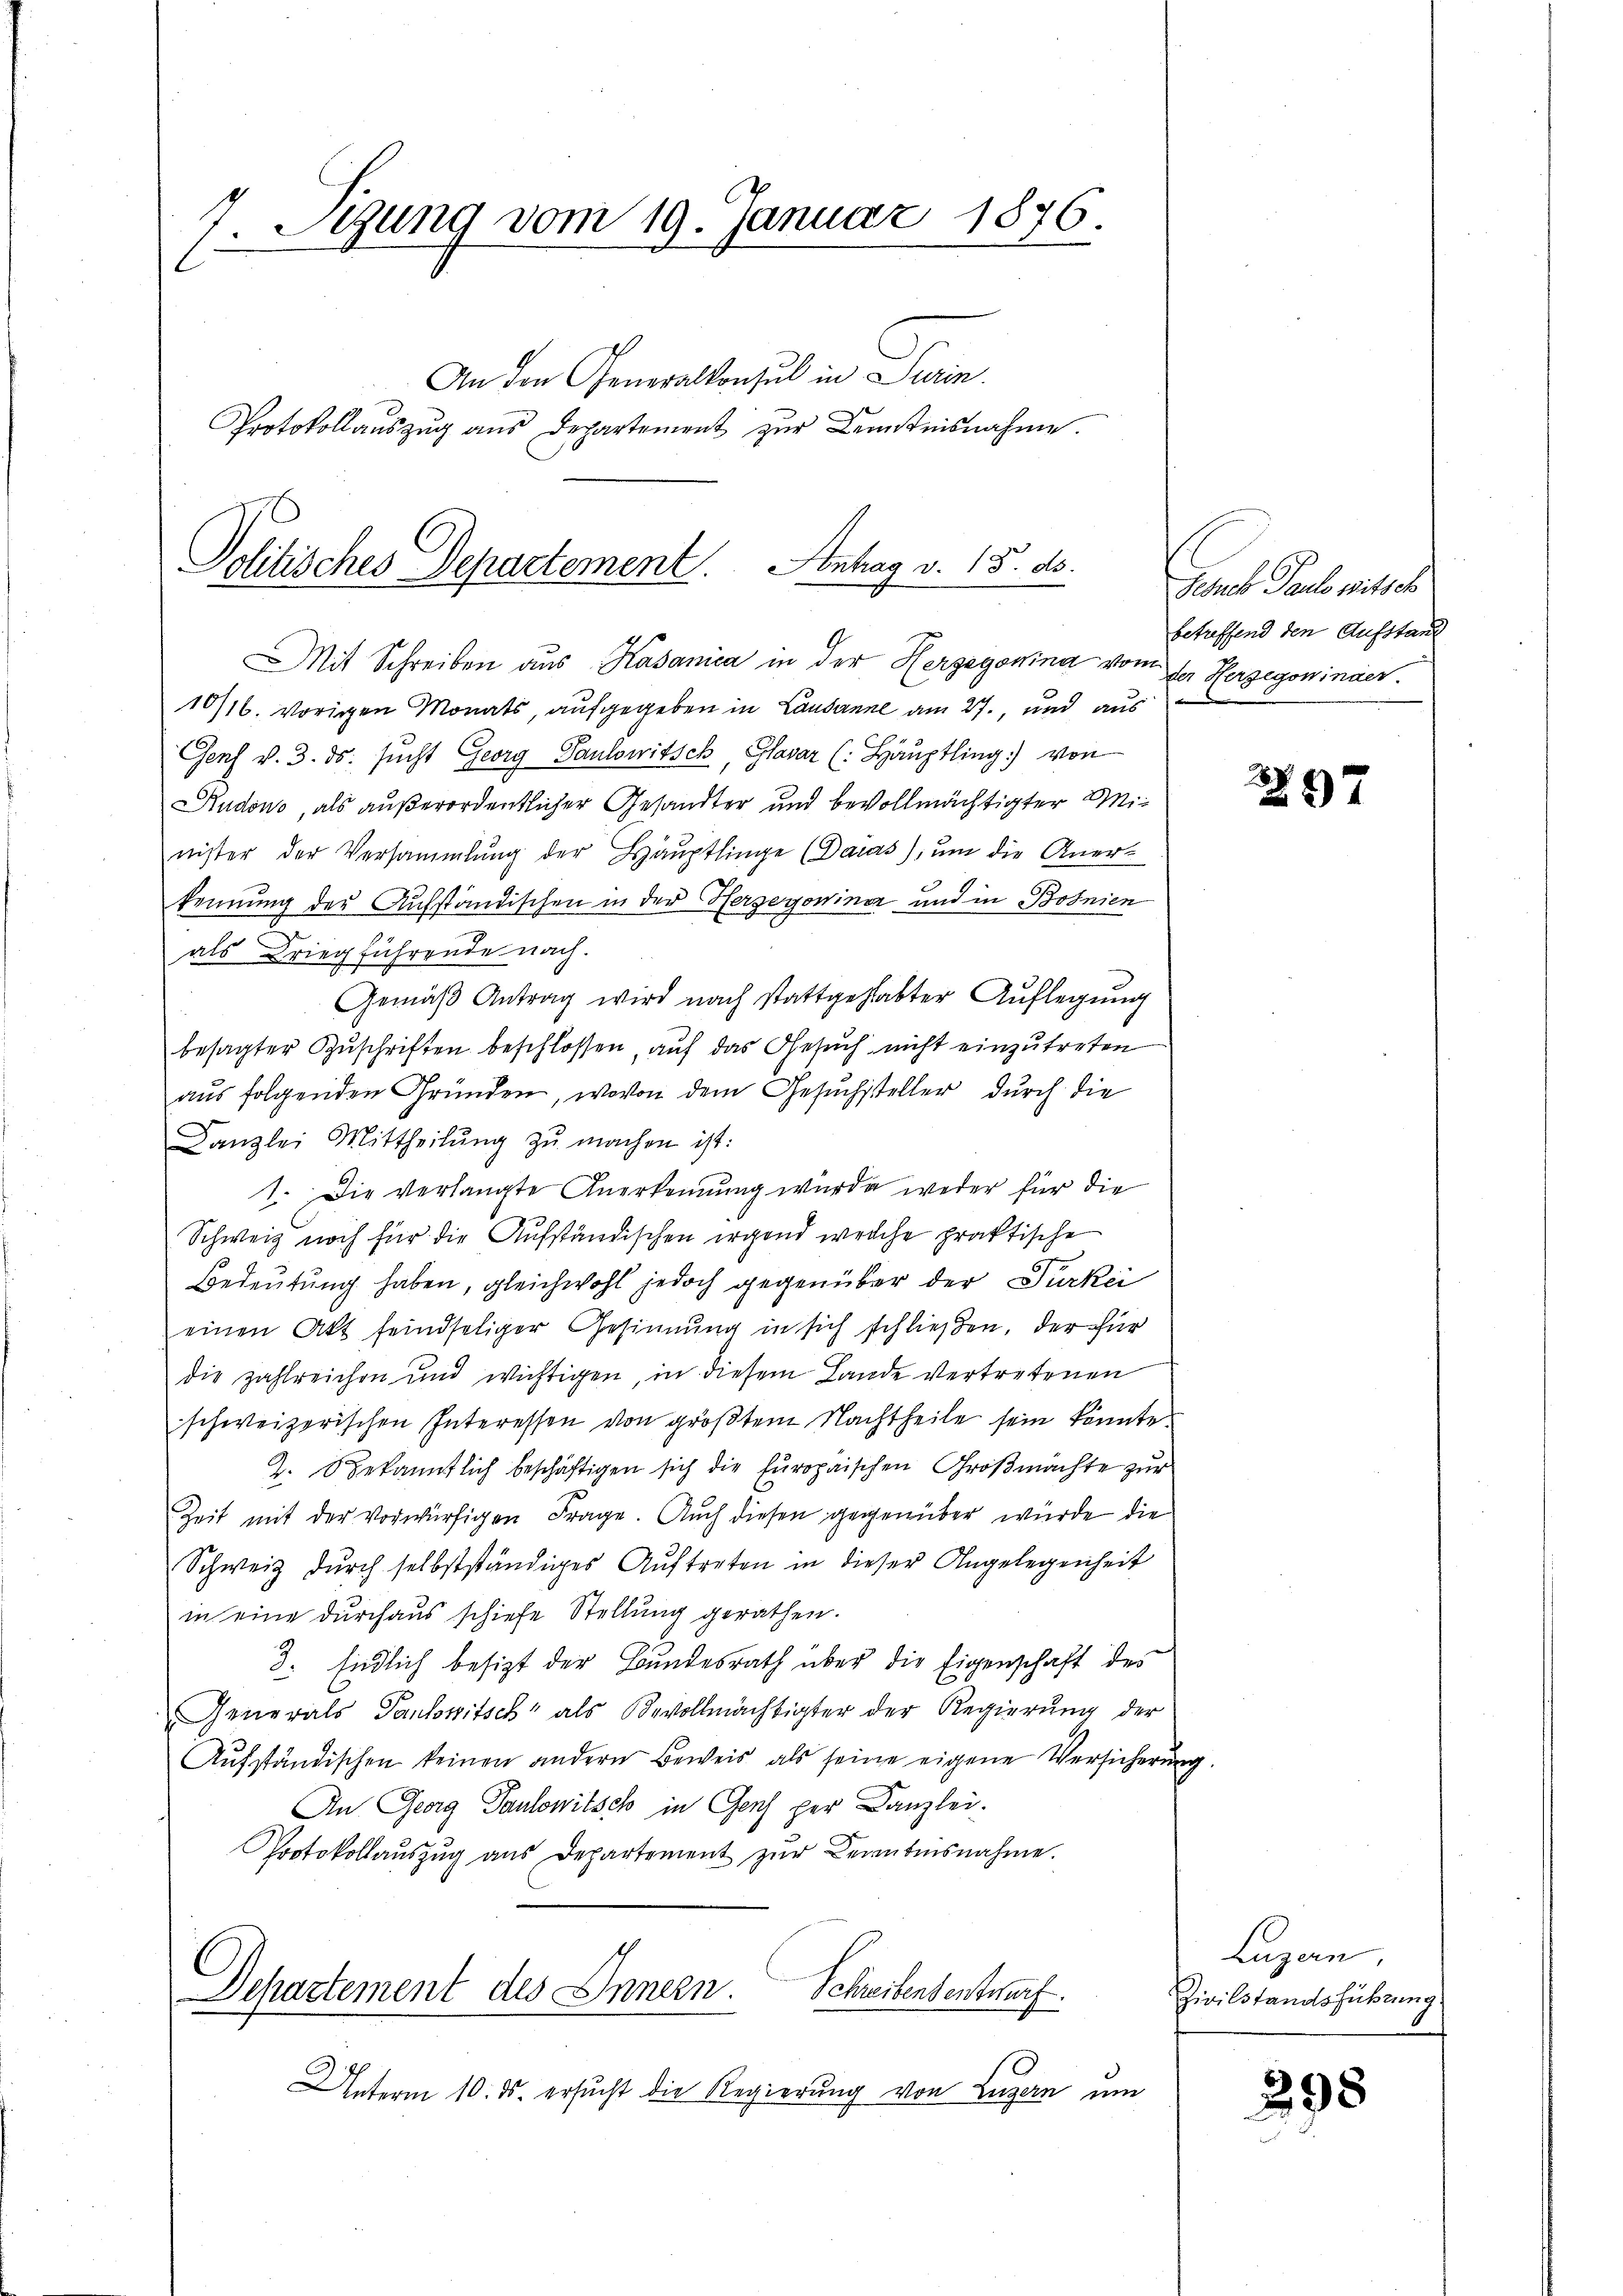
7. Sezung vom 19. Januar 1876.
An den Generalkonsul in Surin.
Protokollauszug aus Departement zur Kenntnisnahme.

Politisches Departement. Antrag v. 18. ds.

Mit Schreiben aus Kasanica in der Hergegomina vom 1. Herzegowinaer
10/16. vorigen Monats, aufgegeben in Lausanne am 27., und aus
Genf v. 3. ds. sucht Georg Paulowitsch, Glavar (: Hauptling von
Kudono, als außerordentlicher Gesandter und bevollmächtigter Minister der Versammlung der Hauptlinge (Dacas), um die Anerkennung der Aufständischen in der Herzegowina und in Bosnien
als Kriegführende nach.
Gemäβ Antrag wird nach stattgehabter Auflegŭng
besagter Zuschriften beschlossen, auf das Gesuch nicht einzutreten
aus folgenden Gründen, wovon dem Gesuchssteller durch die
Canzlei Mittheilŭng zŭ machen ist:
1. Die verlangte Anerkennung wurde weder für die
Schweiz noch für die Aufständischen irgend welche praktische
Bedeutung haben, gleichwohl jedoch gegenüber der Türkei
einen Akt feindseliger Gesinnung in sich schließen, der für
die zahlreichen und wichtigen, in diesem Lande vertretenen
schweizerischen Interessen von größtem Nachtheile sein könnte.
Z. bekanntlich beschäftigen sich die Europaischen Großmachte zur
Zeit mit der Vorwürfigen Frage. Auch diesen gegenüber wurde die
Schweiz durch selbstständiges Auftreten in dieser Angelegenheit
in eine durchaus schiehe Stellung gerathen.
3. Endlich besizt der Bundesrath über die Eigenschaft des
Generals Panlowitsch als Bevollmächtigter der Regierung der
Aŭfständischen keinen andern Beweis als seine eigene Versicherŭng
An Georg Paulowitsch in Genf per Kanzlei.
Protokollauszug aus Departement zŭr Kenntnisnahme.
Departement des Innern. Schreibensentwurf.
Unterm 10. ds. ersucht die Regierung von Luzern um

Jereb Paul mittel
betreffend den Aufstand

97

Luzan,
Zivilstandsführung.

298